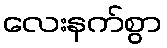
လေးနက်စွာ